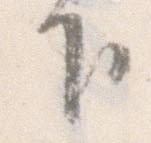
下